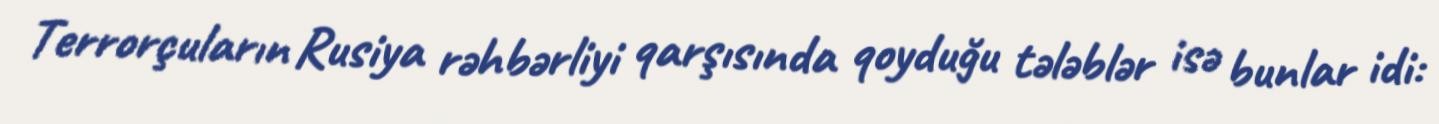
Terrorçuların Rusiya rəhbərliyi qarşısında qoyduğu tələblər isə bunlar idi: